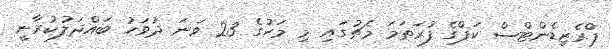
ޕްރެޒިޑެންޓްސް ކަޕްގެ ފުރަތަމަ މެޗުގައި މި މަހުގެ 23 ވަނަ ދުވަހު ބައްދަލުކުރާނީ